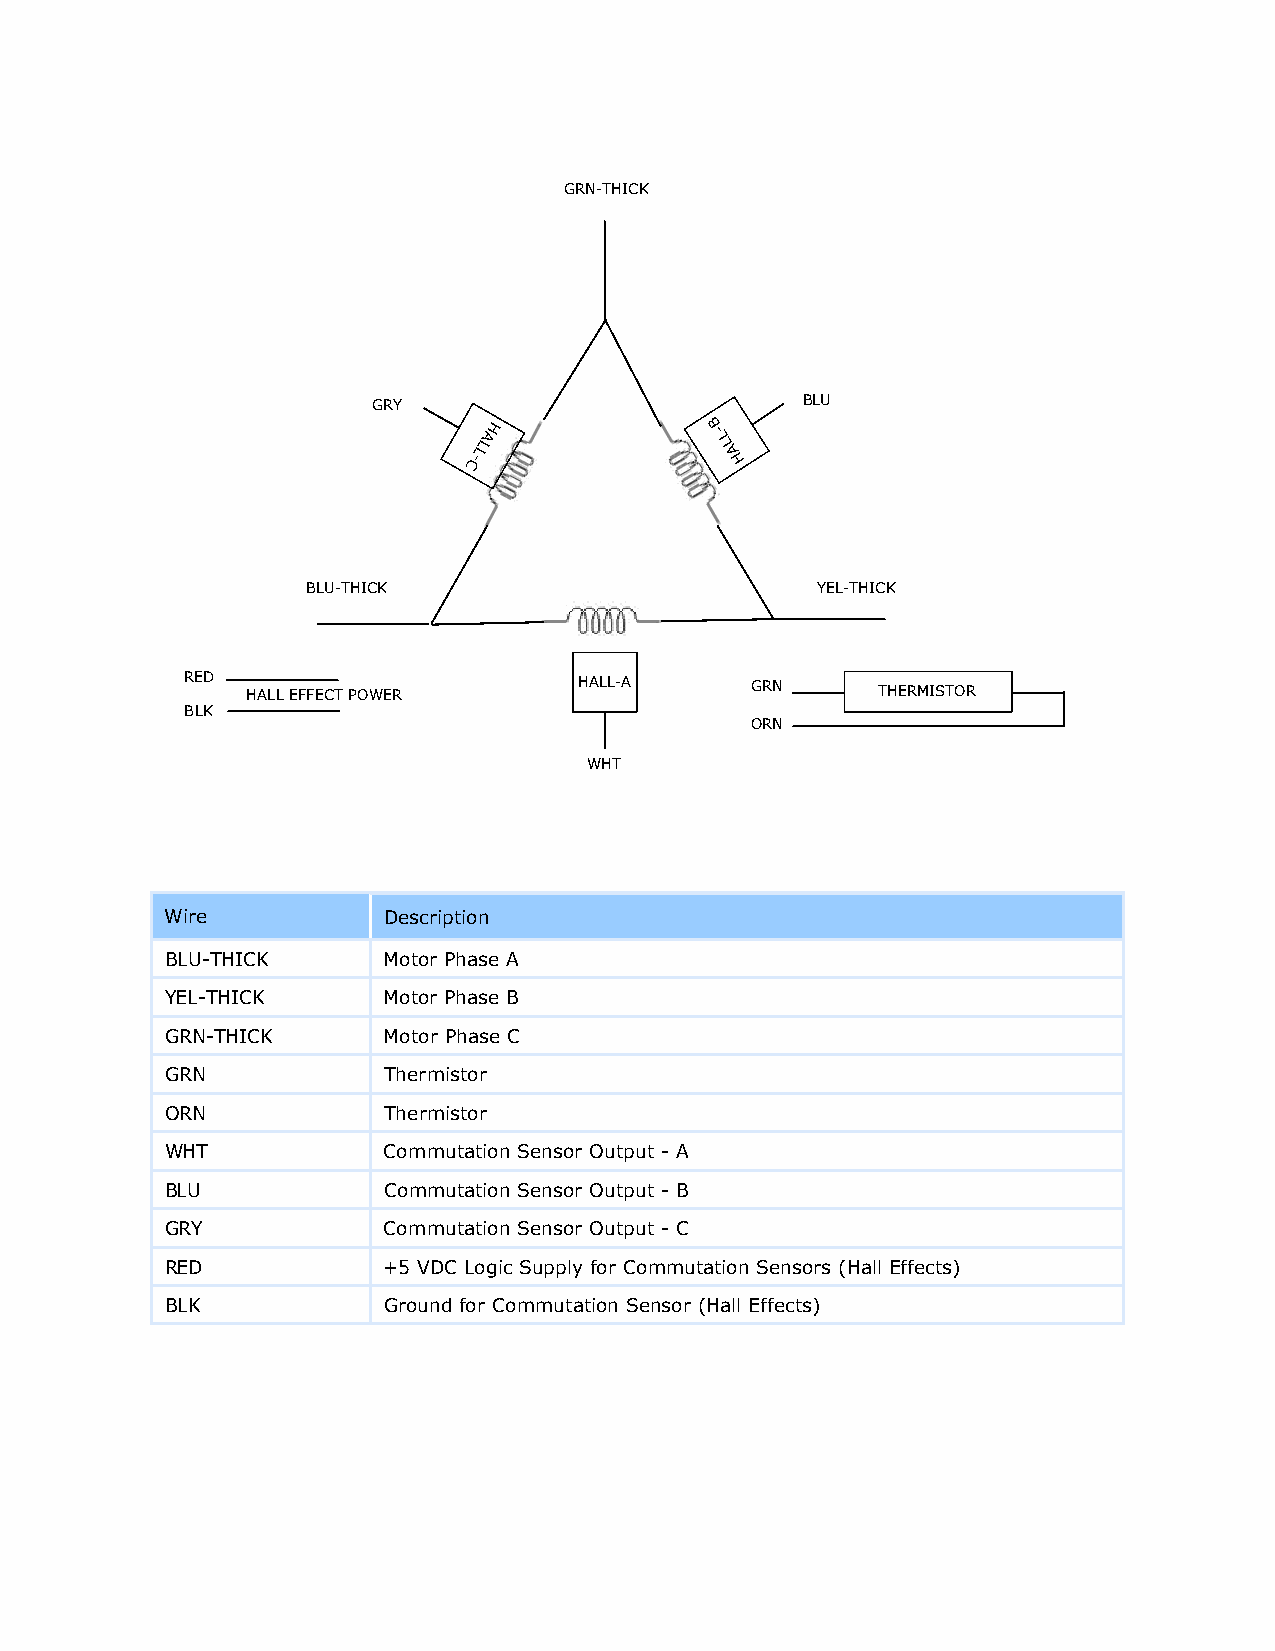
GRN-THICK
 GRY                         BLU
 C-LLAH          B-
 L
 L
 A
 H
 BLU-THICK                         YEL-THICK
 RED HALL EFFECT POWER     HALL-A      GRN     THERMISTOR
 BLK
 ORN
 WHT
 Wire          Description
 BLU-THICK     Motor Phase A
 YEL-THICK     Motor Phase B
 GRN-THICK     Motor Phase C
 GRN           Thermistor
 ORN           Thermistor
 WHT           Commutation Sensor Output - A
 BLU           Commutation Sensor Output - B
 GRY           Commutation Sensor Output - C
 RED           +5 VDC Logic Supply for Commutation Sensors (Hall Effects)
 BLK           Ground for Commutation Sensor (Hall Effects)